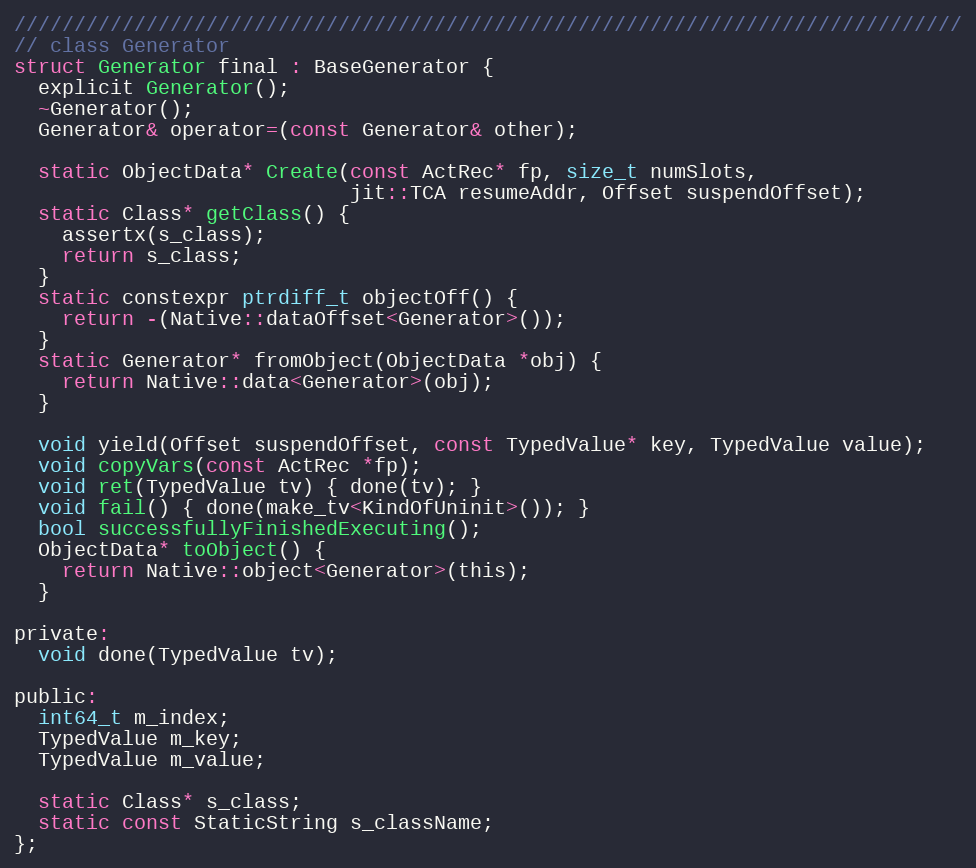
Language: C
///////////////////////////////////////////////////////////////////////////////
// class Generator
struct Generator final : BaseGenerator {
  explicit Generator();
  ~Generator();
  Generator& operator=(const Generator& other);

  static ObjectData* Create(const ActRec* fp, size_t numSlots,
                            jit::TCA resumeAddr, Offset suspendOffset);
  static Class* getClass() {
    assertx(s_class);
    return s_class;
  }
  static constexpr ptrdiff_t objectOff() {
    return -(Native::dataOffset<Generator>());
  }
  static Generator* fromObject(ObjectData *obj) {
    return Native::data<Generator>(obj);
  }

  void yield(Offset suspendOffset, const TypedValue* key, TypedValue value);
  void copyVars(const ActRec *fp);
  void ret(TypedValue tv) { done(tv); }
  void fail() { done(make_tv<KindOfUninit>()); }
  bool successfullyFinishedExecuting();
  ObjectData* toObject() {
    return Native::object<Generator>(this);
  }

private:
  void done(TypedValue tv);

public:
  int64_t m_index;
  TypedValue m_key;
  TypedValue m_value;

  static Class* s_class;
  static const StaticString s_className;
};